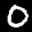
Label: 0